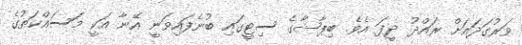
ވަރުގަދައަށް ރައްދު ދީފަ އެވެ. ބިޕާޝާގެ ސިޓީގައި ބުނެފައިވަނީ އޭނާ އަކީ މަސައްކަތުގެ